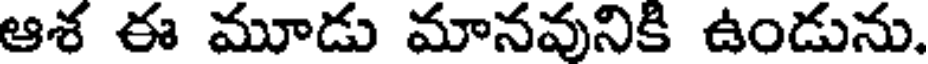
ఆశ ఈ మూడు మానవునికి ఉండును.